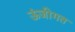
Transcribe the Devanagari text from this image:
ऊंजीगत